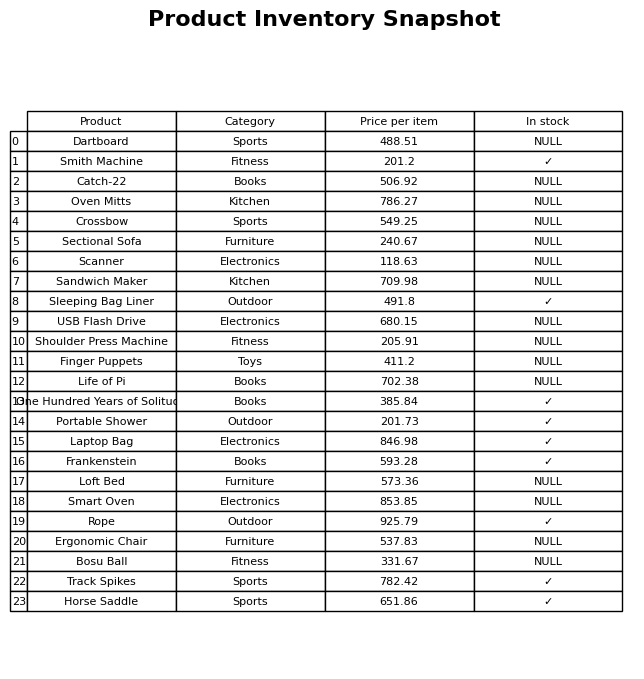
question: What is the price of the Laptop Bag?
answer: The price of Laptop Bag is 846.98.